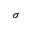
\sigma